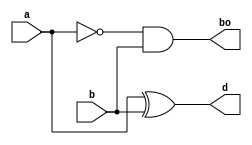
module HS(a,b,d,bo);
input a,b;
output d,bo;

xor g1(d,a,b);
and g2(bo,~a,b);
endmodule